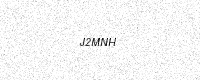
Text: J2MNH